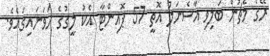
ރޭގެ މެޗުން ބަލިވި އާސެނަލް އޮތީ 57 ޕޮއިންޓާ އެކު ލީގުގެ ހަވަނައިގައެވެ.